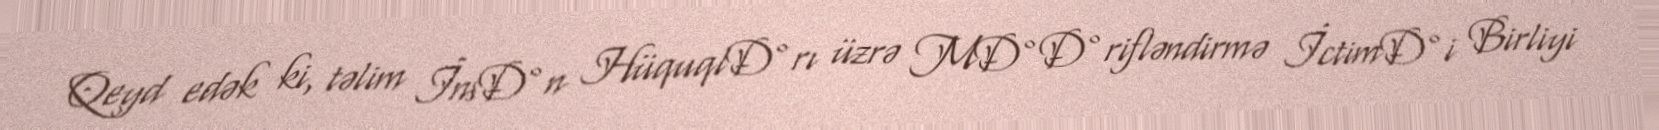
Qeyd edək ki, təlim İnsÐ°n HüquqlÐ°rı üzrə MÐ°Ð°rifləndirmə İctimÐ°i Birliyi